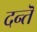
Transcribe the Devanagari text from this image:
दन्तॆ